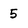
Character: 5